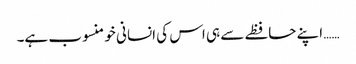
…… اپنے حافظے سے ہی اس کی انسانی خو منسوب ہے۔